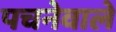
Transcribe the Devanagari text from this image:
पचनेवाले